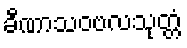
ခီဏာသဝဗလသုတ္တံ